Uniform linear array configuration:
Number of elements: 32
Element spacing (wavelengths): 0.5
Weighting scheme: binomial
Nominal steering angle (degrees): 0
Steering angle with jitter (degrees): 0.9851
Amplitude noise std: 0.05
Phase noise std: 0.05

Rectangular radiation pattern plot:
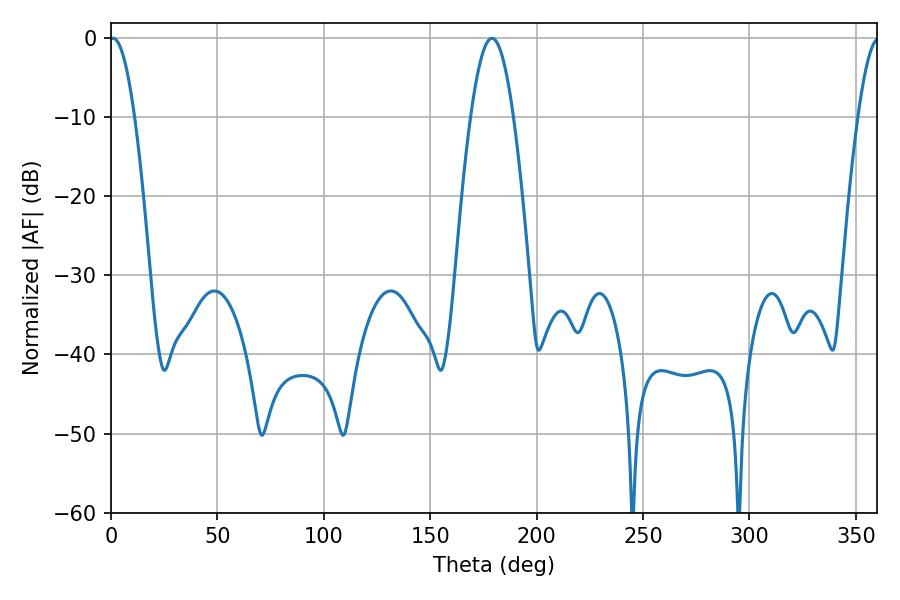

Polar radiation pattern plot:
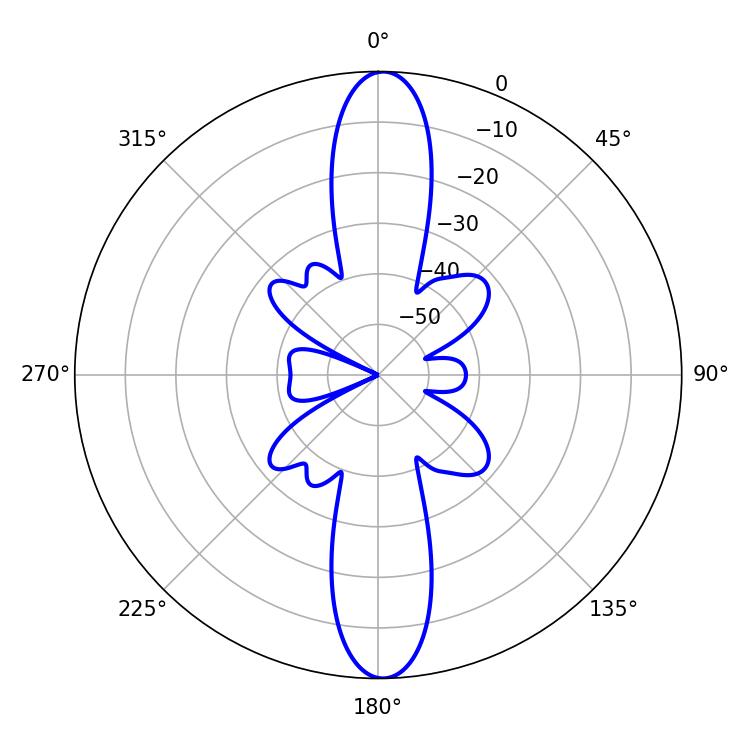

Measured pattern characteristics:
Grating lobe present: FALSE
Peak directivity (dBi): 24.486
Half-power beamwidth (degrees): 6.48
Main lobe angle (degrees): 0.9